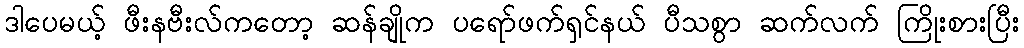
ဒါပေမယ့် ဖီးနဗီးလ်ကတော့ ဆန်ချိုက ပရော်ဖက်ရှင်နယ် ပီသစွာ ဆက်လက် ကြိုးစားပြီး